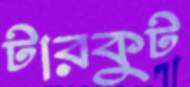
টারকুট